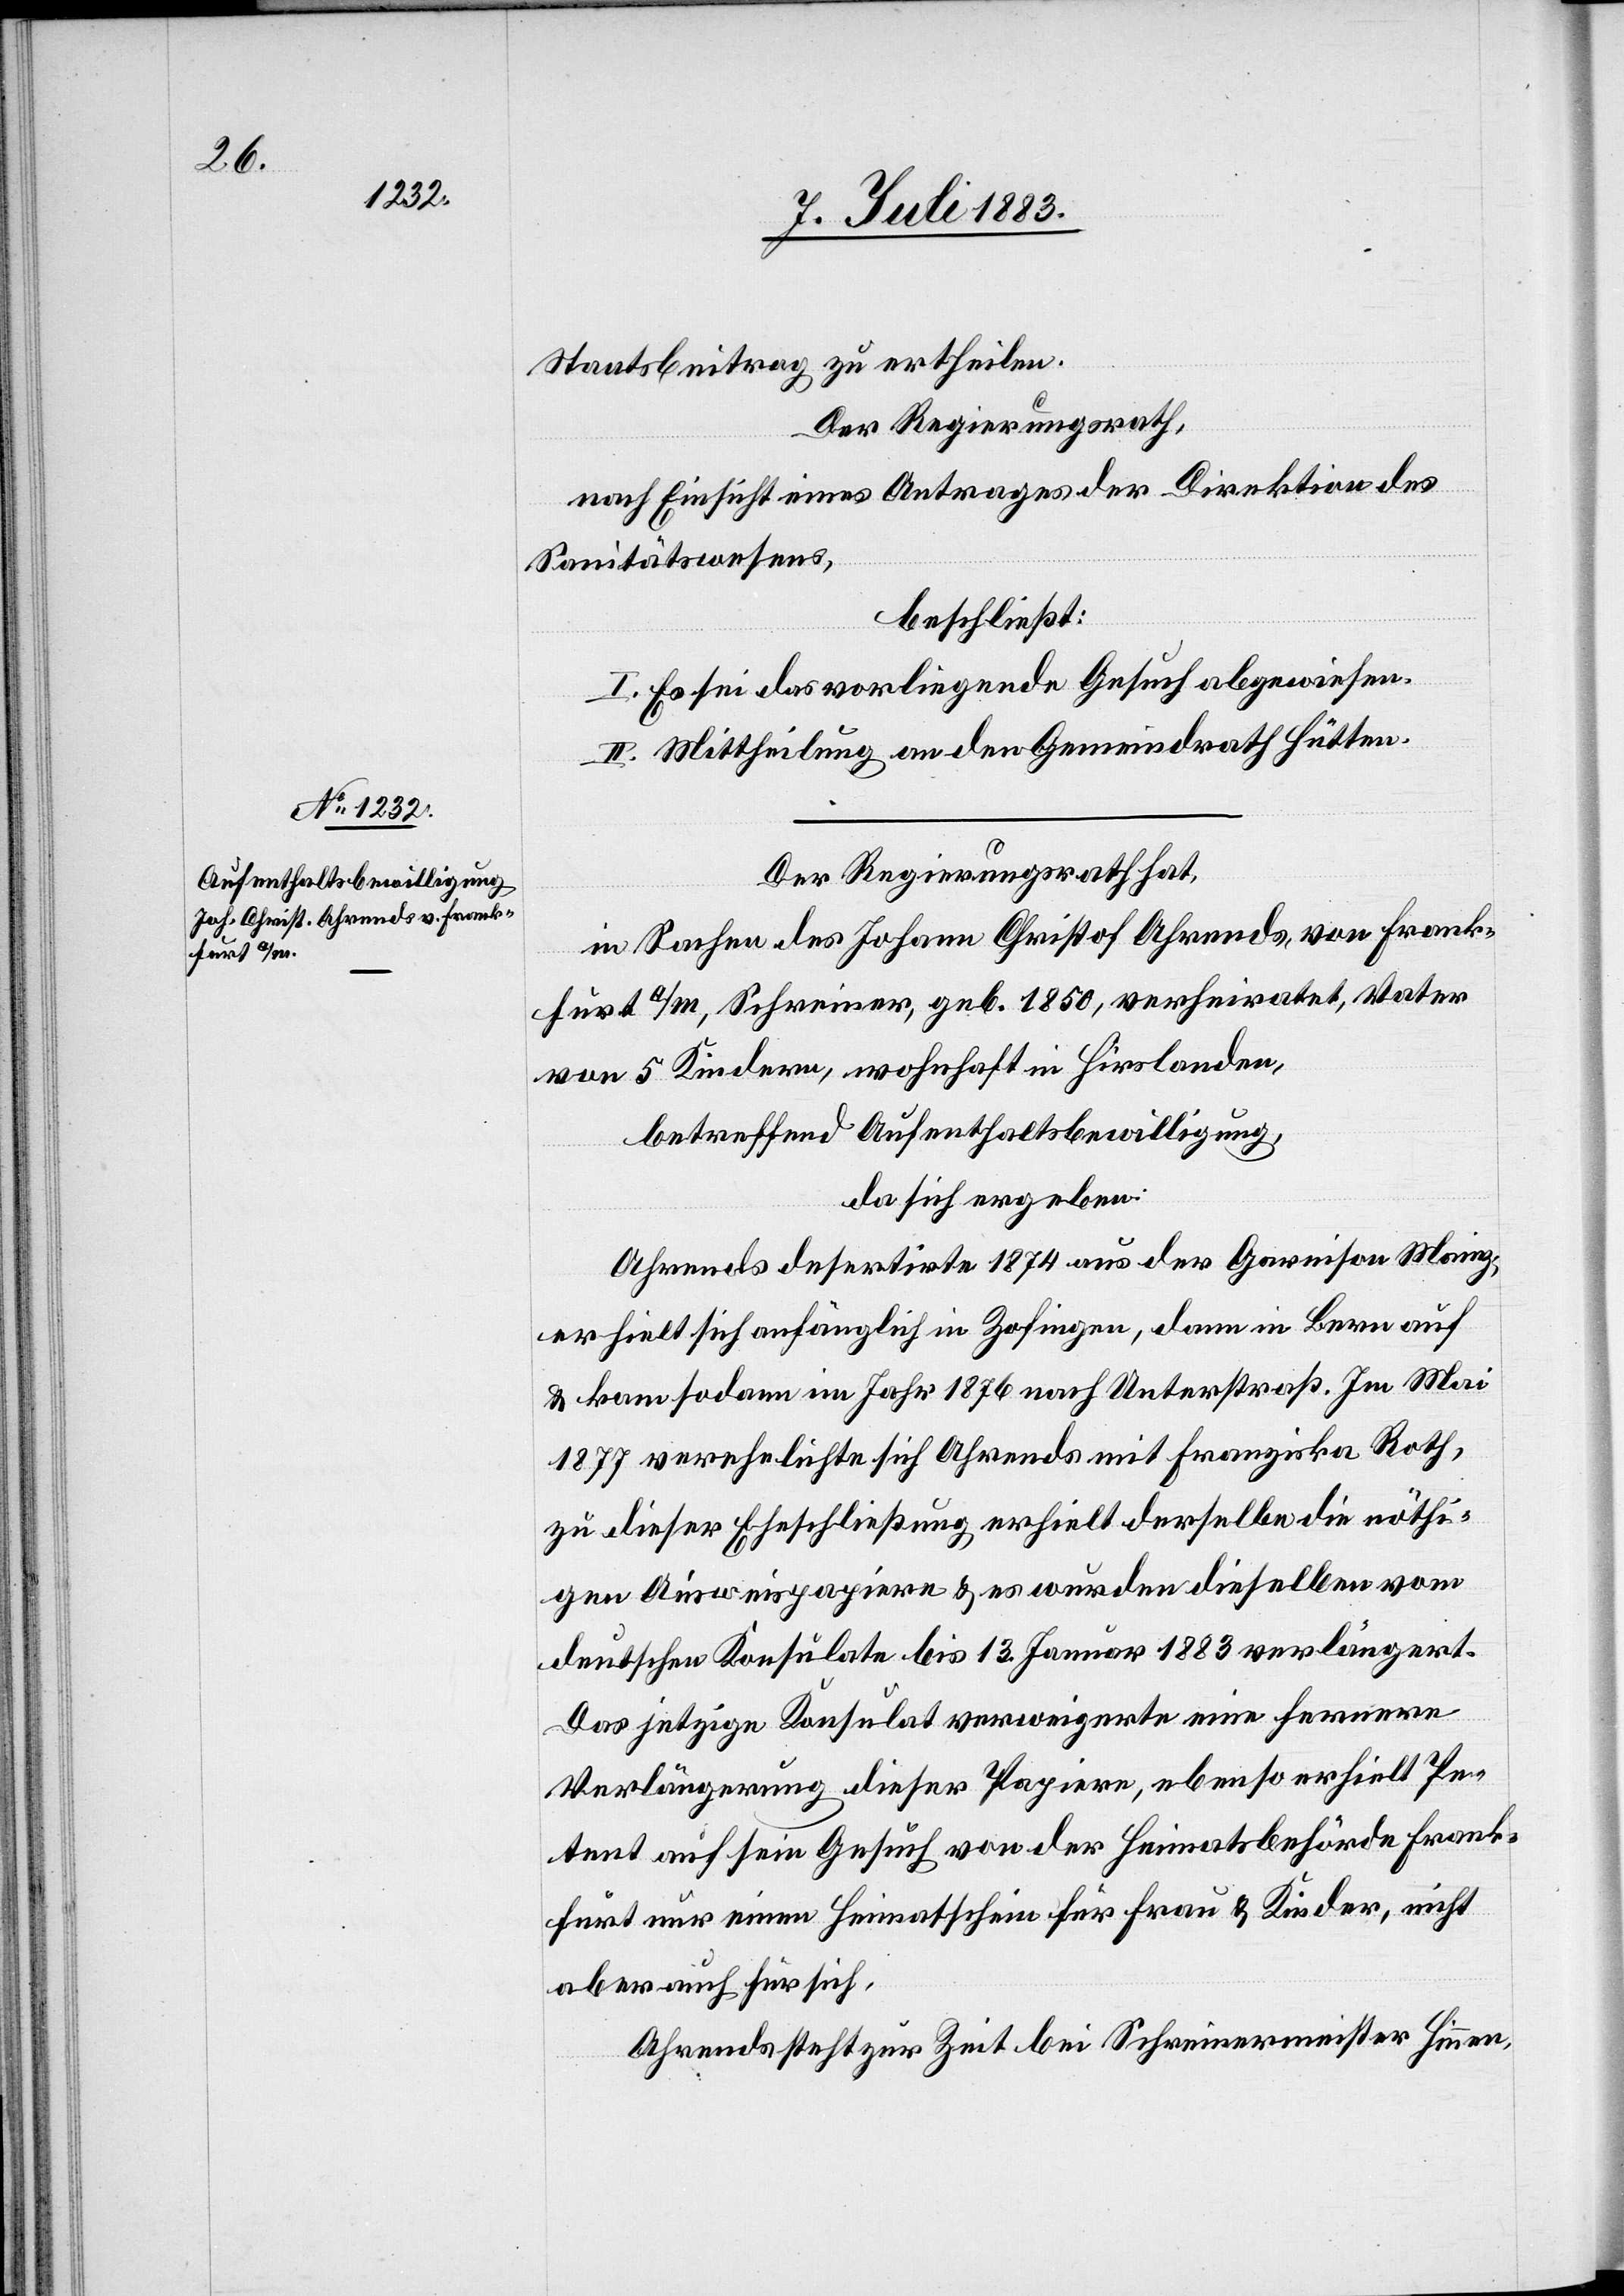
für sich.

Staatsbeitrag zu ertheilen.
Der Regierungsrath,
nach Einsicht eines Antrages der Direktion des
Sanitätswesens,
beschließt:
I. Es sei das vorliegende Gesuch abgewiesen.
II. Mittheilung an den Gemeindrath Hütten.
Der Regierungsrath hat,
in Sachen des Johann Christoph Ohrends, von Frank¬
furt a/M., Schreiner, geb. 1850, verheiratet, Vater
von 5 Kindern, wohnhaft in Hirslanden,
betreffend Aufenthaltsbewilligung,
da sich ergeben:
Ohrends desertirte 1874 aus der Garnison Mainz,
er hielt sich anfänglich in Zofingen, dann in Bern auf
& kam sodann im Jahr 1876 nach Unterstraß. Im Mai
1877 verehelichte sich Ohrends mit Franziska Roth,
zu dieser Eheschließung erhielt derselbe die nöthi¬
gen Ausweispapiere & es wurden dieselben vom
deutschen Konsulate bis 13. Januar 1883 verlängert.
Das jetzige Konsulat verweigerte eine fernere
Verlängerung dieser Papiere, ebenso erhielt Pe¬
tent auf sein Gesuch von der Heimatsbehörde Frank¬
furt nur einen Heimatschein für Frau & Kinder, nicht
Ohrends steht zur Zeit bei Schreinermeister Hinnen,